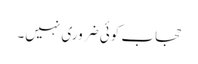
حجاب کوئی ضروری نہیں۔